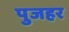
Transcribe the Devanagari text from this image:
पुजहर